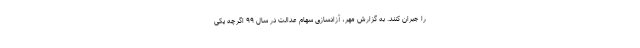
را جبران کنند. به گزارش مهر، آزادسازی سهام عدالت در سال ۹۹ اگرچه یکی